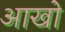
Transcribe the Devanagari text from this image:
आखो